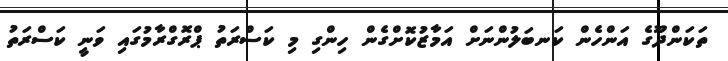
ތަކަންދޫގެ އަންހެން ކަނބަލުންނަށް އަމާޒުކޮށްގެން ހިންގި މި ކަސްރަތު ޕްރޮގްރާމުގައި ވަނީ ކަސްރަތު